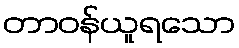
တာဝန်ယူရသော